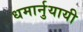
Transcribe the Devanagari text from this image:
धमार्नुयायी